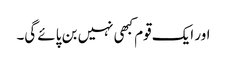
اور ایک قوم کبھی نہیں بن پائے گی۔